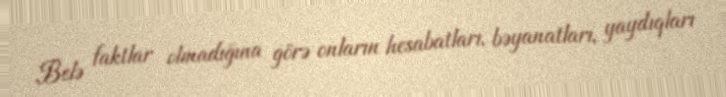
Belə faktlar olmadığına görə onların hesabatları, bəyanatları, yaydıqları